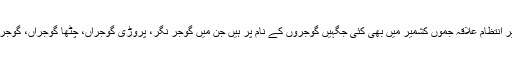
مرکزی زیر انتظام علاقہ جموں کشمیر میں بھی کئی جگہیں گوجروں کے نام پر ہیں جن میں گوجر نگر، پروڑی گوجراں، چٹھا گوجراں، گوجرن گاندربل۔